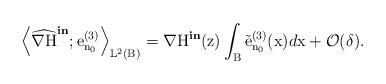
LaTeX: \begin{align*}\Big\langle \widehat{\nabla\mathrm{H}}^{\textbf{in}};\mathrm{e}^{(3)}_{\mathrm{n}_{0}}\Big\rangle_{\mathbb{L}^2(\mathrm{B})} = \nabla\mathrm{H}^{\textbf{in}}(\mathrm{z})\int_\mathrm{B}\Tilde{\mathrm{e}}^{(3)}_{\mathrm{n}_{0}}(\mathrm{x})d\mathrm{x} + \mathcal{O}(\delta).\end{align*}